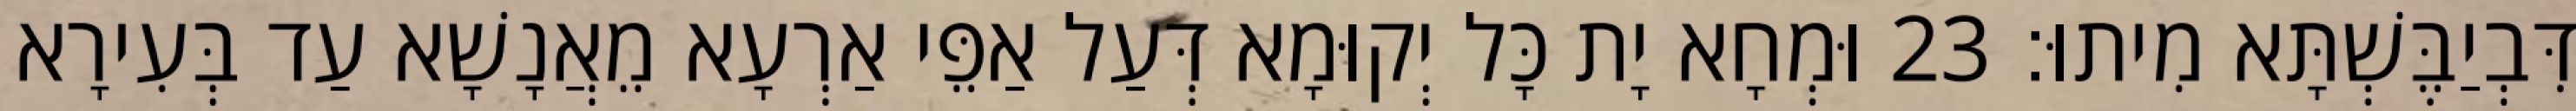
דִּבְיַבֶּשְׁתָּא מִיתוּ׃ 23 וּמְחָא יָת כָּל יְקוּמָא דְּעַל אַפֵּי אַרְעָא מֵאֲנָשָׁא עַד בְּעִירָא